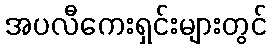
အပလီကေးရှင်းများတွင်